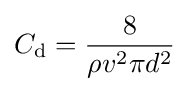
C_{\text{d}}={\frac {8}{\rho v^{2}\pi d^{2}}}